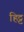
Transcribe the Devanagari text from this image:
हिट्ट